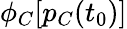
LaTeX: \phi_{C}[p_{C}(t_{0})]